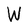
Character: W